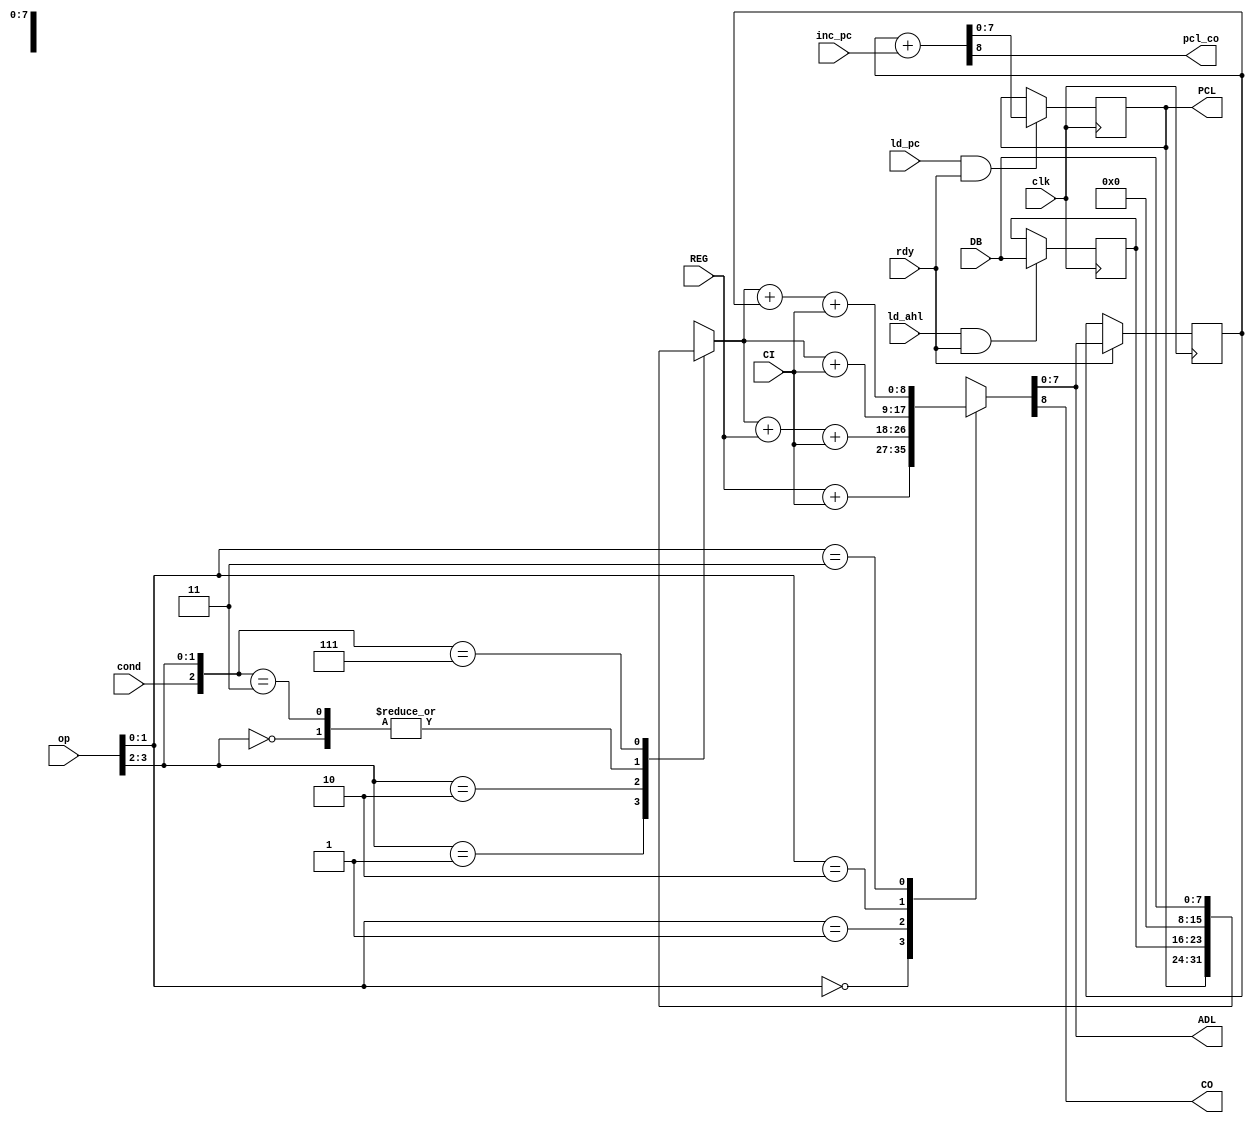
/*
 * abl -- outputs ABL (Address Bus Low)
 *
 * (C) Arlet Ottens <arlet@c-scape.nl> 
 *
 */

module abl( 
    input clk,
    input rdy, 
    input CI,               // carry input
    input cond,             // condition code input
    output reg CO,          // carry output
    input [7:0] DB,         // Data Bus 
    input [7:0] REG,        // output from register file
    input [3:0] op,         // operation
    input ld_ahl,           // indicates whether AHL should be loaded
    input ld_pc,            // indicates whether PCL should be loaded
    input inc_pc,           // indicates whether PCL should be incremented
    output pcl_co,          // Carry out from PCL
    output reg [7:0] PCL,   // Program Counter low
    output reg [7:0] ADL    // unregistered version of output
);

reg [7:0] ABL;
reg [7:0] AHL;

/*
 * AHL update. The AHL (Address Hold register) is a temporary
 * storage for DB input, most notably for use in 16 bit address
 * fetches, such as in the absolute addressing modes.
 *
 * Sometimes the DB has to be held over multiple cycles, such as
 * for JSR which fetches first operand byte before pushing old
 * PC to the stack, and then fetches 2nd operand byte.
 */
always @(posedge clk)
    if( ld_ahl & rdy )
        AHL <= DB;

/*
 * ABL logic has 2 stages. First stage selects a base register, 
 * 2nd stage adds an offset.
 *
 * There are a total of 6 useful combinations. 
 *
 * operation  |  application
 * ===========|=================================
 * PCL + 00   |  PC restore
 * REG + 00   |  stack access or vector pull 
 * ABL + DB   |  take branch 
 * ABL + 00   |  stay at current or move to next
 * REG + DB   |  zeropage + index
 * REG + AHL  |  abs + index
 * =============================================
 * 
 */
reg [7:0] base;

/*   
 * First stage. Select base register.
 */ 
always @(*)
    casez( {cond, op[3:2]} )
        3'b?00: base = 8'h00;
        3'b?01: base = PCL;
        3'b?10: base = AHL;
        3'b011: base = 8'h00; 
        3'b111: base = DB;
    endcase

/*   
 * Second stage. Add offset, or replace
 * by REG.
 *
 *  op  | function
 * =====|========= 
 * --00 |   REG + CI
 * --01 | + REG + CI
 * --10 | + 00  + CI
 * --11 | + ABL + CI
 */
always @(*)
    case( op[1:0] )
        2'b00: {CO, ADL} = REG + CI;
        2'b01: {CO, ADL} = base + REG + CI;
        2'b10: {CO, ADL} = base + CI;
        2'b11: {CO, ADL} = base + ABL + CI;
    endcase

always @(posedge clk)
    if( rdy )
        ABL <= ADL;

/*
 * update PCL (program counter low)
 */
wire [8:0] PCL1 = ABL + inc_pc;

assign pcl_co = PCL1[8];

always @(posedge clk)
    if( ld_pc & rdy )
        PCL <= PCL1;

endmodule